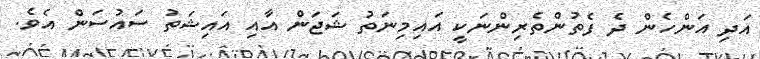
އަދި އަންހެން ދެ ފެތުންތެރިންނަކީ އައިމިނަތު ޝަޖަން އާއި އައިޝަތު ސައުސަން އެވެ.